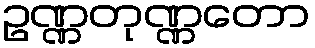
ဥဏ္ဏတုဏ္ဏတော